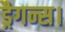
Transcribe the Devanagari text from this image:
ड्रैगन्स।